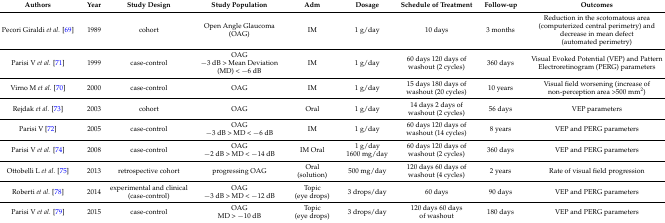
<table><thead><tr><td><b>Authors</b></td><td><b>Year</b></td><td><b>Study Design</b></td><td><b>Study Population</b></td><td><b>Adm</b></td><td><b>Dosage</b></td><td><b>Schedule of Treatment</b></td><td><b>Follow-up</b></td><td><b>Outcomes</b></td></tr></thead><tbody><tr><td>Pecori Giraldi <i>et al.</i> [69]</td><td>1989</td><td>cohort</td><td>Open Angle Glaucoma (OAG)</td><td>IM</td><td>1 g/day</td><td>10 days</td><td>3 months</td><td>Reduction in the scotomatous area (computerized central perimetry) and decrease in mean defect (automated perimetry)</td></tr><tr><td>Parisi V <i>et al.</i> [71]</td><td>1999</td><td>case-control</td><td>OAG −3 dB &gt; Mean Deviation (MD) &lt; −6 dB</td><td>IM</td><td>1 g/day</td><td>60 days 120 days of washout (2 cycles)</td><td>360 days</td><td>Visual Evoked Potential (VEP) and Pattern Electroretinogram (PERG) parameters</td></tr><tr><td>Virno M <i>et al.</i> [70]</td><td>2000</td><td>case-control</td><td>OAG</td><td>IM</td><td>1 g/day</td><td>15 days 180 days of washout (20 cycles)</td><td>10 years</td><td>Visual field worsening (increase of non-perception area &gt;500 mm<sup>2</sup>)</td></tr><tr><td>Rejdak <i>et al.</i> [73]</td><td>2003</td><td>cohort</td><td>OAG</td><td>Oral</td><td>1 g/day</td><td>14 days 2 days of washout (2 cycles)</td><td>56 days</td><td>VEP parameters</td></tr><tr><td>Parisi V [72]</td><td>2005</td><td>case-control</td><td>OAG −3 dB &gt; MD &lt; −6 dB</td><td>IM</td><td>1 g/day</td><td>60 days 120 days of washout (14 cycles)</td><td>8 years</td><td>VEP and PERG parameters</td></tr><tr><td>Parisi V <i>et al.</i> [74]</td><td>2008</td><td>case-control</td><td>OAG −2 dB &gt; MD &lt; −14 dB</td><td>IM Oral</td><td>1 g/day 1600 mg/day</td><td>60 days 120 days of washout (2 cycles)</td><td>360 days</td><td>VEP and PERG parameters</td></tr><tr><td>Ottobelli L <i>et al.</i> [75]</td><td>2013</td><td>retrospective cohort</td><td>progressing OAG</td><td>Oral (solution)</td><td>500 mg/day</td><td>120 days 60 days of washout (4 cycles)</td><td>2 years</td><td>Rate of visual field progression</td></tr><tr><td>Roberti <i>et al.</i> [78]</td><td>2014</td><td>experimental and clinical (case-control)</td><td>OAG −3 dB &gt; MD &lt; −12 dB</td><td>Topic (eye drops)</td><td>3 drops/day</td><td>60 days</td><td>90 days</td><td>VEP and PERG parameters</td></tr><tr><td>Parisi V <i>et al.</i> [79]</td><td>2015</td><td>case-control</td><td>OAG MD &gt; −10 dB</td><td>Topic (eye drops)</td><td>3 drops/day</td><td>120 days 60 days of washout</td><td>180 days</td><td>VEP and PERG parameters</td></tr></tbody></table>